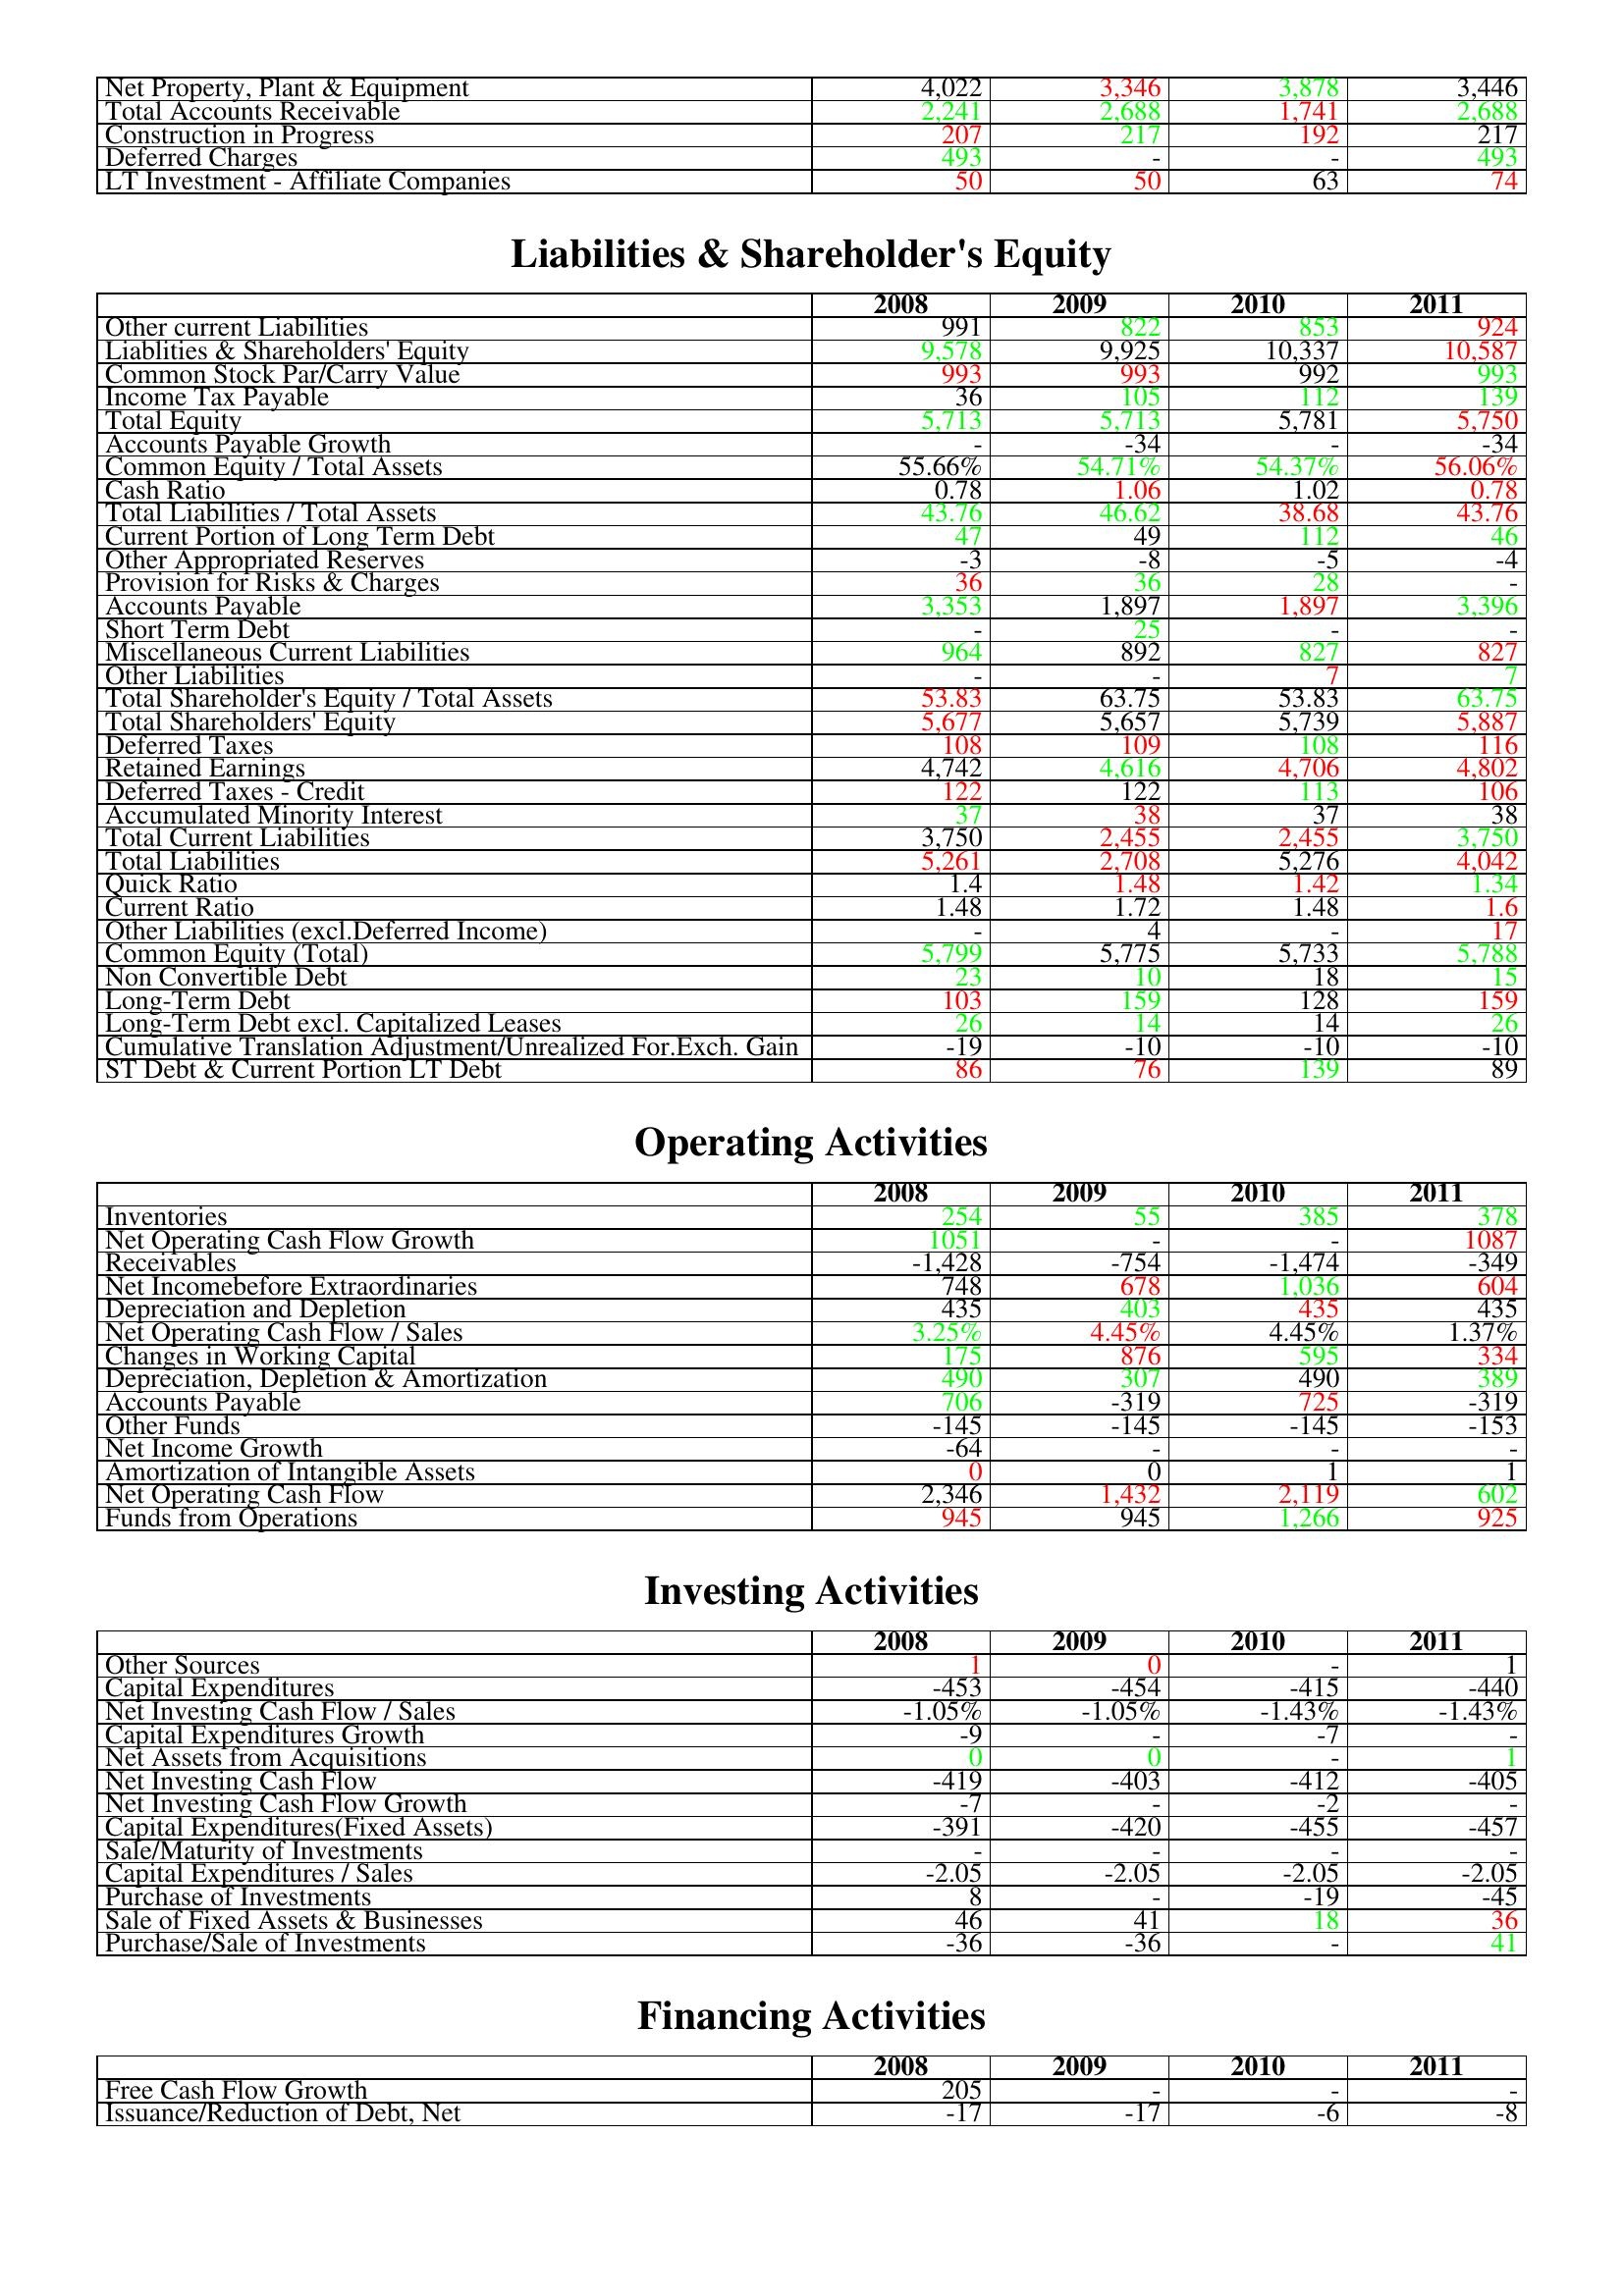
gt_parse: 2008: Assets: Net Property, Plant & Equipment: 4,022
Total Accounts Receivable: 2,241
Construction in Progress: 207
Deferred Charges: 493
LT Investment - Affiliate Companies: 50
Liabilities & Shareholder's Equity: Other current Liabilities: 991
Liablities & Shareholders' Equity: 9,578
Common Stock Par/Carry Value: 993
Income Tax Payable: 36
Total Equity: 5,713
Accounts Payable Growth: -
Common Equity / Total Assets: 55.66%
Cash Ratio: 0.78
Total Liabilities / Total Assets: 43.76
Current Portion of Long Term Debt: 47
Other Appropriated Reserves: -3
Provision for Risks & Charges: 36
Accounts Payable: 3,353
Short Term Debt: -
Miscellaneous Current Liabilities: 964
Other Liabilities: -
Total Shareholder's Equity / Total Assets: 53.83
Total Shareholders' Equity: 5,677
Deferred Taxes: 108
Retained Earnings: 4,742
Deferred Taxes - Credit: 122
Accumulated Minority Interest: 37
Total Current Liabilities: 3,750
Total Liabilities: 5,261
Quick Ratio: 1.4
Current Ratio: 1.48
Other Liabilities (excl.Deferred Income): -
Common Equity (Total): 5,799
Non Convertible Debt: 23
Long-Term Debt: 103
Long-Term Debt excl. Capitalized Leases: 26
Cumulative Translation Adjustment/Unrealized For.Exch. Gain: -19
ST Debt & Current Portion LT Debt: 86
Operating Activities: Inventories: 254
Net Operating Cash Flow Growth: 1051
Receivables: -1,428
Net Incomebefore Extraordinaries: 748
Depreciation and Depletion: 435
Net Operating Cash Flow / Sales: 3.25%
Changes in Working Capital: 175
Depreciation, Depletion & Amortization: 490
Accounts Payable: 706
Other Funds: -145
Net Income Growth: -64
Amortization of Intangible Assets: 0
Net Operating Cash Flow: 2,346
Funds from Operations: 945
Investing Activities: Other Sources: 1
Capital Expenditures: -453
Net Investing Cash Flow / Sales: -1.05%
Capital Expenditures Growth: -9
Net Assets from Acquisitions: 0
Net Investing Cash Flow: -419
Net Investing Cash Flow Growth: -7
Capital Expenditures(Fixed Assets): -391
Sale/Maturity of Investments: -
Capital Expenditures / Sales: -2.05
Purchase of Investments: 8
Sale of Fixed Assets & Businesses: 46
Purchase/Sale of Investments: -36
Financing Activities: Free Cash Flow Growth: 205
Issuance/Reduction of Debt, Net: -17
2009: Assets: Net Property, Plant & Equipment: 3,346
Total Accounts Receivable: 2,688
Construction in Progress: 217
Deferred Charges: -
LT Investment - Affiliate Companies: 50
Liabilities & Shareholder's Equity: Other current Liabilities: 822
Liablities & Shareholders' Equity: 9,925
Common Stock Par/Carry Value: 993
Income Tax Payable: 105
Total Equity: 5,713
Accounts Payable Growth: -34
Common Equity / Total Assets: 54.71%
Cash Ratio: 1.06
Total Liabilities / Total Assets: 46.62
Current Portion of Long Term Debt: 49
Other Appropriated Reserves: -8
Provision for Risks & Charges: 36
Accounts Payable: 1,897
Short Term Debt: 25
Miscellaneous Current Liabilities: 892
Other Liabilities: -
Total Shareholder's Equity / Total Assets: 63.75
Total Shareholders' Equity: 5,657
Deferred Taxes: 109
Retained Earnings: 4,616
Deferred Taxes - Credit: 122
Accumulated Minority Interest: 38
Total Current Liabilities: 2,455
Total Liabilities: 2,708
Quick Ratio: 1.48
Current Ratio: 1.72
Other Liabilities (excl.Deferred Income): 4
Common Equity (Total): 5,775
Non Convertible Debt: 10
Long-Term Debt: 159
Long-Term Debt excl. Capitalized Leases: 14
Cumulative Translation Adjustment/Unrealized For.Exch. Gain: -10
ST Debt & Current Portion LT Debt: 76
Operating Activities: Inventories: 55
Net Operating Cash Flow Growth: -
Receivables: -754
Net Incomebefore Extraordinaries: 678
Depreciation and Depletion: 403
Net Operating Cash Flow / Sales: 4.45%
Changes in Working Capital: 876
Depreciation, Depletion & Amortization: 307
Accounts Payable: -319
Other Funds: -145
Net Income Growth: -
Amortization of Intangible Assets: 0
Net Operating Cash Flow: 1,432
Funds from Operations: 945
Investing Activities: Other Sources: 0
Capital Expenditures: -454
Net Investing Cash Flow / Sales: -1.05%
Capital Expenditures Growth: -
Net Assets from Acquisitions: 0
Net Investing Cash Flow: -403
Net Investing Cash Flow Growth: -
Capital Expenditures(Fixed Assets): -420
Sale/Maturity of Investments: -
Capital Expenditures / Sales: -2.05
Purchase of Investments: -
Sale of Fixed Assets & Businesses: 41
Purchase/Sale of Investments: -36
Financing Activities: Free Cash Flow Growth: -
Issuance/Reduction of Debt, Net: -17
2010: Assets: Net Property, Plant & Equipment: 3,878
Total Accounts Receivable: 1,741
Construction in Progress: 192
Deferred Charges: -
LT Investment - Affiliate Companies: 63
Liabilities & Shareholder's Equity: Other current Liabilities: 853
Liablities & Shareholders' Equity: 10,337
Common Stock Par/Carry Value: 992
Income Tax Payable: 112
Total Equity: 5,781
Accounts Payable Growth: -
Common Equity / Total Assets: 54.37%
Cash Ratio: 1.02
Total Liabilities / Total Assets: 38.68
Current Portion of Long Term Debt: 112
Other Appropriated Reserves: -5
Provision for Risks & Charges: 28
Accounts Payable: 1,897
Short Term Debt: -
Miscellaneous Current Liabilities: 827
Other Liabilities: 7
Total Shareholder's Equity / Total Assets: 53.83
Total Shareholders' Equity: 5,739
Deferred Taxes: 108
Retained Earnings: 4,706
Deferred Taxes - Credit: 113
Accumulated Minority Interest: 37
Total Current Liabilities: 2,455
Total Liabilities: 5,276
Quick Ratio: 1.42
Current Ratio: 1.48
Other Liabilities (excl.Deferred Income): -
Common Equity (Total): 5,733
Non Convertible Debt: 18
Long-Term Debt: 128
Long-Term Debt excl. Capitalized Leases: 14
Cumulative Translation Adjustment/Unrealized For.Exch. Gain: -10
ST Debt & Current Portion LT Debt: 139
Operating Activities: Inventories: 385
Net Operating Cash Flow Growth: -
Receivables: -1,474
Net Incomebefore Extraordinaries: 1,036
Depreciation and Depletion: 435
Net Operating Cash Flow / Sales: 4.45%
Changes in Working Capital: 595
Depreciation, Depletion & Amortization: 490
Accounts Payable: 725
Other Funds: -145
Net Income Growth: -
Amortization of Intangible Assets: 1
Net Operating Cash Flow: 2,119
Funds from Operations: 1,266
Investing Activities: Other Sources: -
Capital Expenditures: -415
Net Investing Cash Flow / Sales: -1.43%
Capital Expenditures Growth: -7
Net Assets from Acquisitions: -
Net Investing Cash Flow: -412
Net Investing Cash Flow Growth: -2
Capital Expenditures(Fixed Assets): -455
Sale/Maturity of Investments: -
Capital Expenditures / Sales: -2.05
Purchase of Investments: -19
Sale of Fixed Assets & Businesses: 18
Purchase/Sale of Investments: -
Financing Activities: Free Cash Flow Growth: -
Issuance/Reduction of Debt, Net: -6
2011: Assets: Net Property, Plant & Equipment: 3,446
Total Accounts Receivable: 2,688
Construction in Progress: 217
Deferred Charges: 493
LT Investment - Affiliate Companies: 74
Liabilities & Shareholder's Equity: Other current Liabilities: 924
Liablities & Shareholders' Equity: 10,587
Common Stock Par/Carry Value: 993
Income Tax Payable: 139
Total Equity: 5,750
Accounts Payable Growth: -34
Common Equity / Total Assets: 56.06%
Cash Ratio: 0.78
Total Liabilities / Total Assets: 43.76
Current Portion of Long Term Debt: 46
Other Appropriated Reserves: -4
Provision for Risks & Charges: -
Accounts Payable: 3,396
Short Term Debt: -
Miscellaneous Current Liabilities: 827
Other Liabilities: 7
Total Shareholder's Equity / Total Assets: 63.75
Total Shareholders' Equity: 5,887
Deferred Taxes: 116
Retained Earnings: 4,802
Deferred Taxes - Credit: 106
Accumulated Minority Interest: 38
Total Current Liabilities: 3,750
Total Liabilities: 4,042
Quick Ratio: 1.34
Current Ratio: 1.6
Other Liabilities (excl.Deferred Income): 17
Common Equity (Total): 5,788
Non Convertible Debt: 15
Long-Term Debt: 159
Long-Term Debt excl. Capitalized Leases: 26
Cumulative Translation Adjustment/Unrealized For.Exch. Gain: -10
ST Debt & Current Portion LT Debt: 89
Operating Activities: Inventories: 378
Net Operating Cash Flow Growth: 1087
Receivables: -349
Net Incomebefore Extraordinaries: 604
Depreciation and Depletion: 435
Net Operating Cash Flow / Sales: 1.37%
Changes in Working Capital: 334
Depreciation, Depletion & Amortization: 389
Accounts Payable: -319
Other Funds: -153
Net Income Growth: -
Amortization of Intangible Assets: 1
Net Operating Cash Flow: 602
Funds from Operations: 925
Investing Activities: Other Sources: 1
Capital Expenditures: -440
Net Investing Cash Flow / Sales: -1.43%
Capital Expenditures Growth: -
Net Assets from Acquisitions: 1
Net Investing Cash Flow: -405
Net Investing Cash Flow Growth: -
Capital Expenditures(Fixed Assets): -457
Sale/Maturity of Investments: -
Capital Expenditures / Sales: -2.05
Purchase of Investments: -45
Sale of Fixed Assets & Businesses: 36
Purchase/Sale of Investments: 41
Financing Activities: Free Cash Flow Growth: -
Issuance/Reduction of Debt, Net: -8